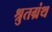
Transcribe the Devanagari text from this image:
श्रुतग्रंथ